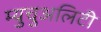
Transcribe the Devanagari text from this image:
म्युचुअलिटी